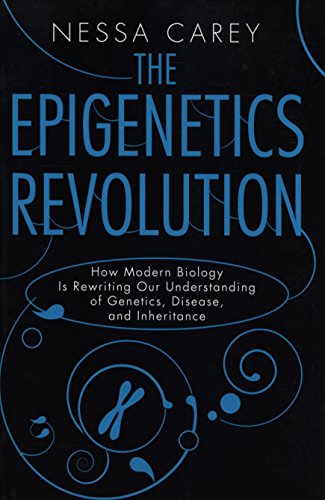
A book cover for The Epigenetics Revolution: How Modern Biology Is Rewriting Our Understanding of Genetics, Disease, and Inheritance; Nessa Carey; Medical Books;